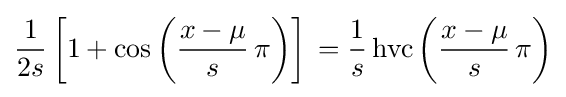
{\frac {1}{2s}}\left[1+\cos \left({\frac {x-\mu }{s}}\,\pi \right)\right]\,={\frac {1}{s}}\operatorname {hvc} \left({\frac {x-\mu }{s}}\,\pi \right)